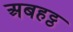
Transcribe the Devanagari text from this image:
अबहट्ठ